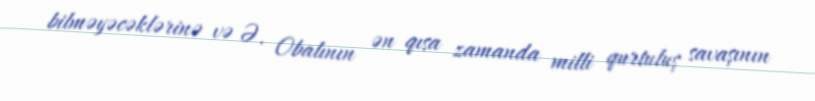
bilməyəcəklərinə və Ə. Obalının ən qısa zamanda milli qurtuluş savaşının